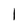
Character: 1